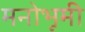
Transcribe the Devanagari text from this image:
मनोभूमी